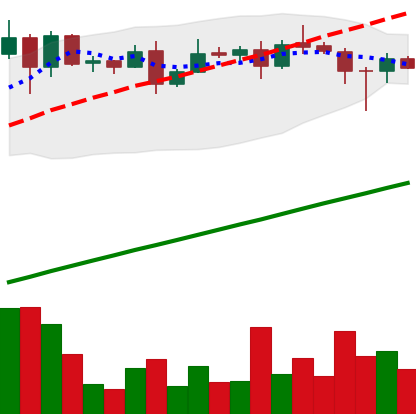
Ticker: ADA-USD
Chart end date: 2020-08-14
Forward return: -6.551%
Label: down_5_7